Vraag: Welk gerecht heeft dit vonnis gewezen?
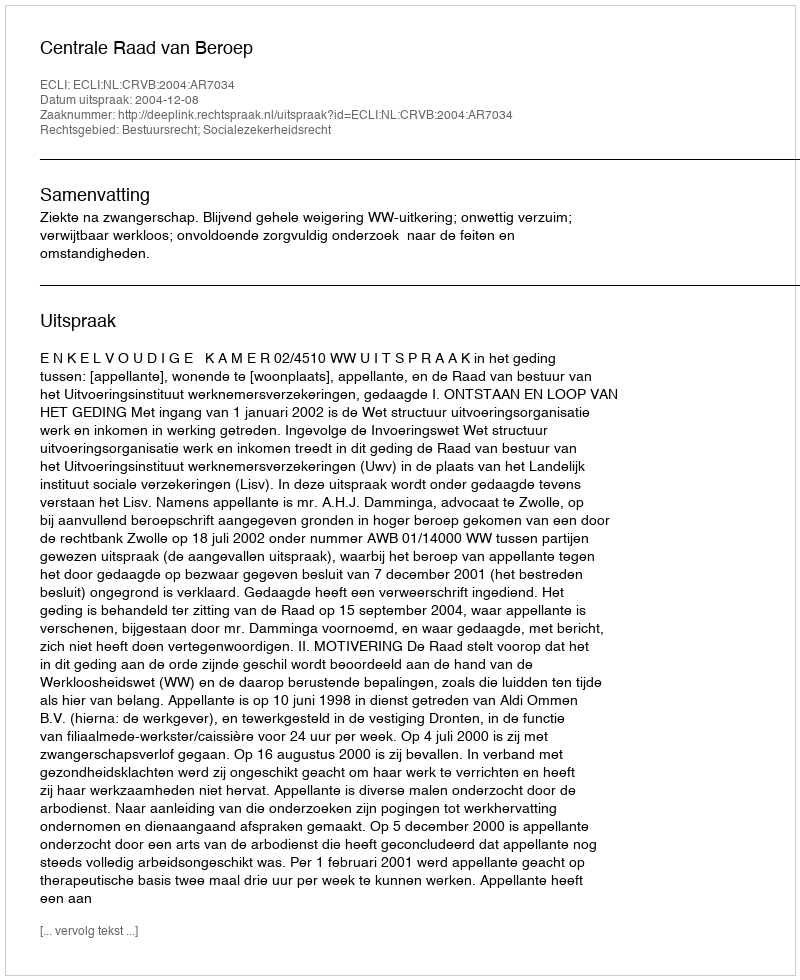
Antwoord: Centrale Raad van Beroep